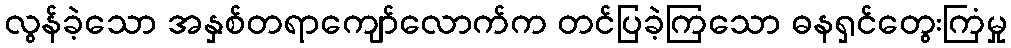
လွန်ခဲ့သော အနှစ်တရာကျော်လောက်က တင်ပြခဲ့ကြသော ဓနရှင်တွေးကြံမှု